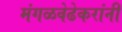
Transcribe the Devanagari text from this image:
मंगळवेढेकरांनी